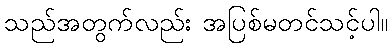
သည်အတွက်လည်း အပြစ်မတင်သင့်ပါ။